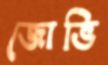
জোভি